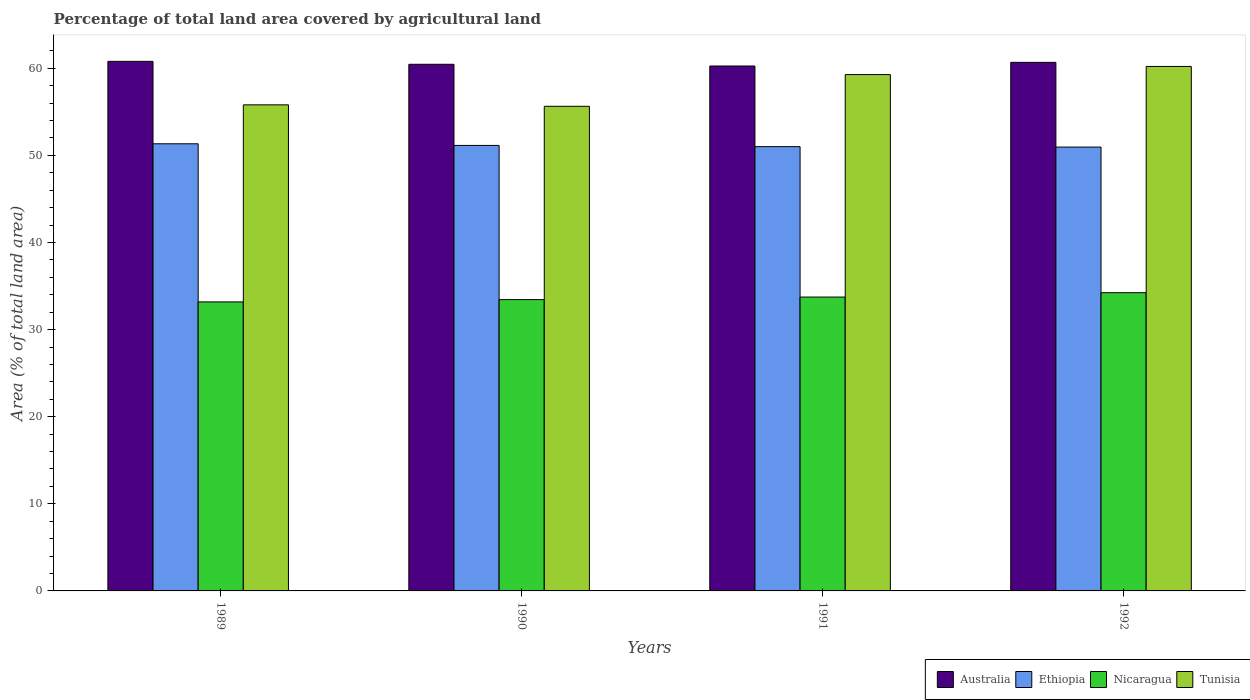
| Years | Australia | Ethiopia | Nicaragua | Tunisia |
 | --- | --- | --- | --- | --- |
 | 1989 | 60.8 | 51.3 | 33.2 | 55.8 |
 | 1990 | 60.5 | 51.1 | 33.4 | 55.6 |
 | 1991 | 60.3 | 51 | 33.7 | 59.3 |
 | 1992 | 60.7 | 51 | 34.2 | 60.2 |